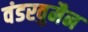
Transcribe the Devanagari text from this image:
वंडरवुमैन